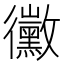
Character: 黴